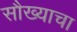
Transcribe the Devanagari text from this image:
सौख्याचा